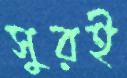
সুরই